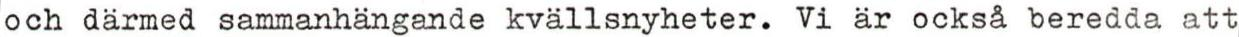
och därmed sammanhängande kvällsnyheter. Vi är också beredda att